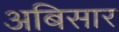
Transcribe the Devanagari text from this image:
अबिसार